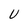
Character: U